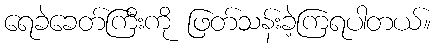
ရေခဲခေတ်ကြီးကို ဖြတ်သန်းခဲ့ကြရပါတယ်။